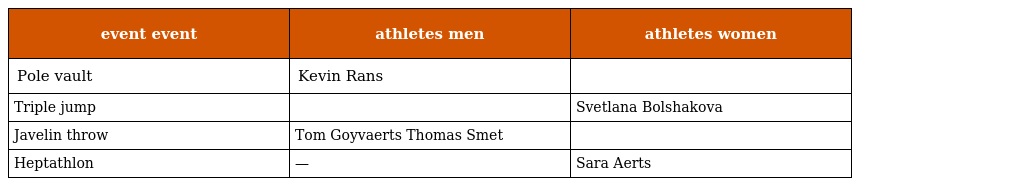
| event event | athletes men | athletes women |
 | --- | --- | --- |
 | Pole vault | Kevin Rans |  |
 | Triple jump |  | Svetlana Bolshakova |
 | Javelin throw | Tom Goyvaerts Thomas Smet |  |
 | Heptathlon | — | Sara Aerts |